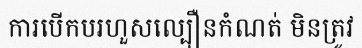
ការបើកបរហួសល្បឿនកំណត់ មិនត្រូវ